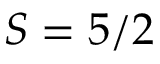
S = 5 / 2